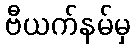
ဗီယက်နမ်မှ